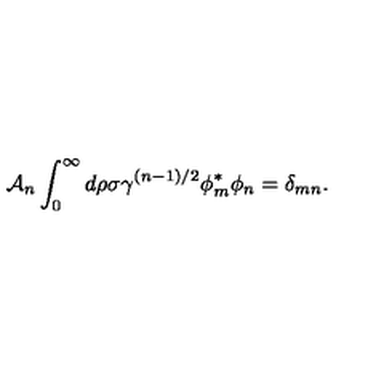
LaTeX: { \cal A } _ { n } \int _ { 0 } ^ { \infty } d \rho \sigma \gamma ^ { ( n - 1 ) / 2 } \phi _ { m } ^ { \ast } \phi _ { n } = \delta _ { m n } .